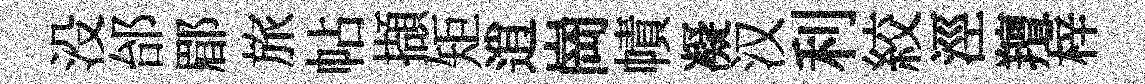
没邰郿旅帖擷矩逍崗幘凝汉利絞涇羶梓